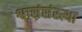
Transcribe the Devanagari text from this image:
श्वासंसंस्त्था